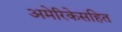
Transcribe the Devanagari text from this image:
अमेरिकेसहित